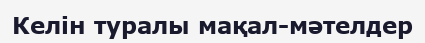
Келін туралы мақал-мәтелдер